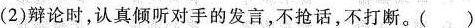
(2)辩论时，认真倾听对手的发言，不抢话，不打断。( )